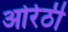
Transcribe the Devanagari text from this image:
ओरेठी